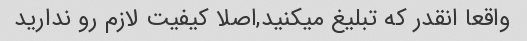
واقعا انقدر که تبلیغ میکنید,اصلا کیفیت لازم رو ندارید